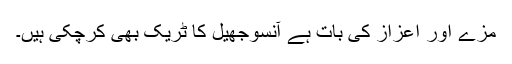
مزے اور اعزاز کی بات ہے آنسوجھیل کا ٹریک بھی کرچکی ہیں۔